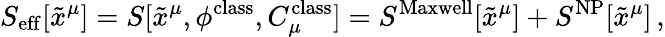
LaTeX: S_{\mathrm{eff}}[\tilde{x}^{\mu}]=S[\tilde{x}^{\mu},\phi^{\mathrm{class}},C_{\mu}^{\mathrm{class}}]=S^{\mathrm{Maxwell}}[\tilde{x}^{\mu}]+S^{\mathrm{NP}}[\tilde{x}^{\mu}]\, ,